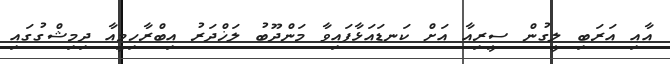
އާއި އަރަބި ލީގުން ސީރިއާ އަށް ކަނޑައަޅާފައިވާ މަންދޫބު ލަޚްދަރު އިބްރާހިމީއާ ދިމިޝްގުގައި